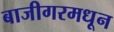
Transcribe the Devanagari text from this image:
बाजीगरमधून